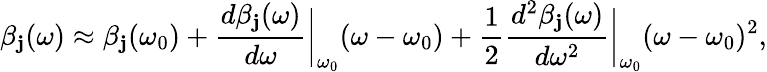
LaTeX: \beta_{\mathbf{j}}(\omega)\approx\beta_{\mathbf{j}}(\omega_{0})+\frac{{d\beta_{\mathbf{j}}(\omega)}}{{d\omega}}\bigg\rvert_{\omega_{0}}(\omega-\omega_{0})+\frac{{1}}{{2}}\frac{{d^{2}\beta_{\mathbf{j}}(\omega)}}{{d\omega^{2}}}\bigg\rvert_{\omega_{0}}(\omega-\omega_{0})^{2},